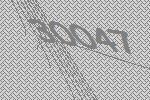
30047